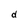
Character: d